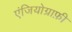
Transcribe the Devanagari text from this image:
एंजियोग्राफ़ी